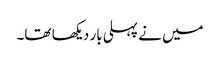
میں نے پہلی بار دیکھا تھا۔